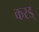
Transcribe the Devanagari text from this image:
करड्